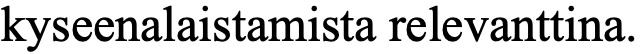
kyseenalaistamista relevanttina.